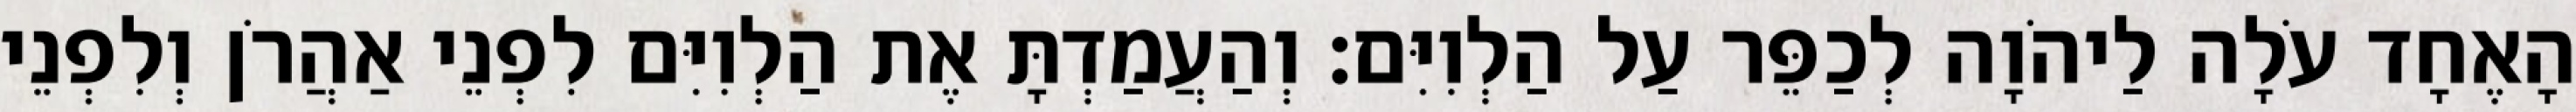
הָאֶחָד עֹלָה לַיהֹוָה לְכַפֵּר עַל הַלְוִיִּם׃ וְהַעֲמַדְתָּ אֶת הַלְוִיִּם לִפְנֵי אַהֲרֹן וְלִפְנֵי